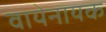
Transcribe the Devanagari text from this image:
वायेनायक